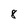
Character: 8